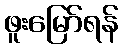
ဖူးမြော်ရန်